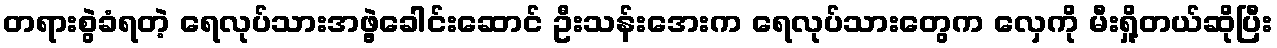
တရားစွဲခံရတဲ့ ရေလုပ်သားအဖွဲ့ခေါင်းဆောင် ဦးသန်းအေးက ရေလုပ်သားတွေက လှေကို မီးရှို့တယ်ဆိုပြီး